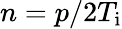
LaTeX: n=p/2T_{\mathrm{i}}